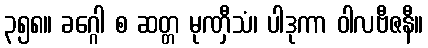
၃၅၈။ ခဂ္ဂေါ စ ဆတ္တ မုဏှီသံ၊ ပါဒုကာ ဝါလဗီဇနီ။